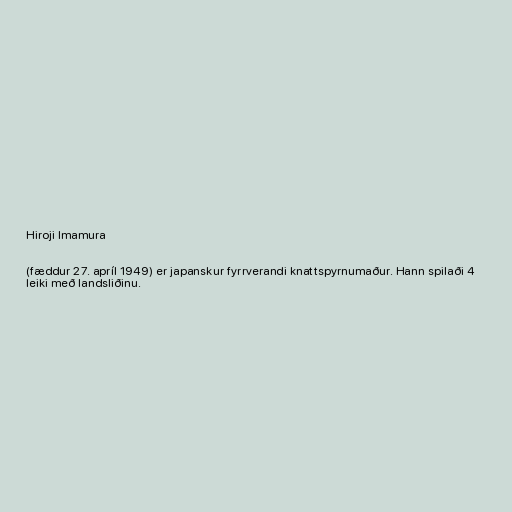
Hiroji Imamura

(fæddur 27. apríl 1949) er japanskur fyrrverandi knattspyrnumaður. Hann spilaði 4
leiki með landsliðinu.